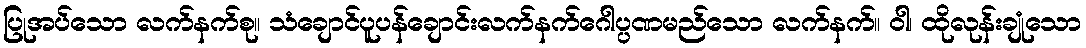
ပြုအပ်သော လက်နက်စု။ သံချောင်ပူပန်ချောင်းလက်နက်ဂေါပ္ပဏမည်သော လက်နက်။ ဝါ၊ ထိုလုန်းချုံသော